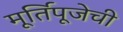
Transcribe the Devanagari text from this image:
मूर्तिपूजेची